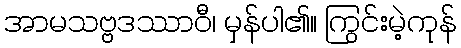
အာမသဗ္ဗဒဿာဝီ၊ မှန်ပါ၏။ ကြွင်းမဲ့ကုန်